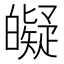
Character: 𤾰